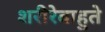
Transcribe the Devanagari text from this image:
शरीरेबाहुते